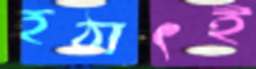
হঠাৎই